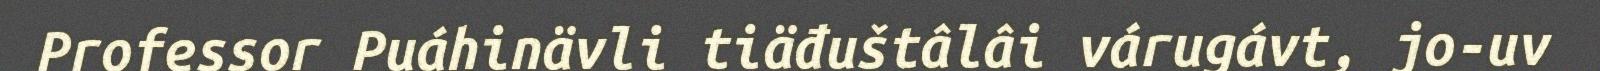
Professor Puáhinävli tiäđuštâlâi várugávt, jo-uv